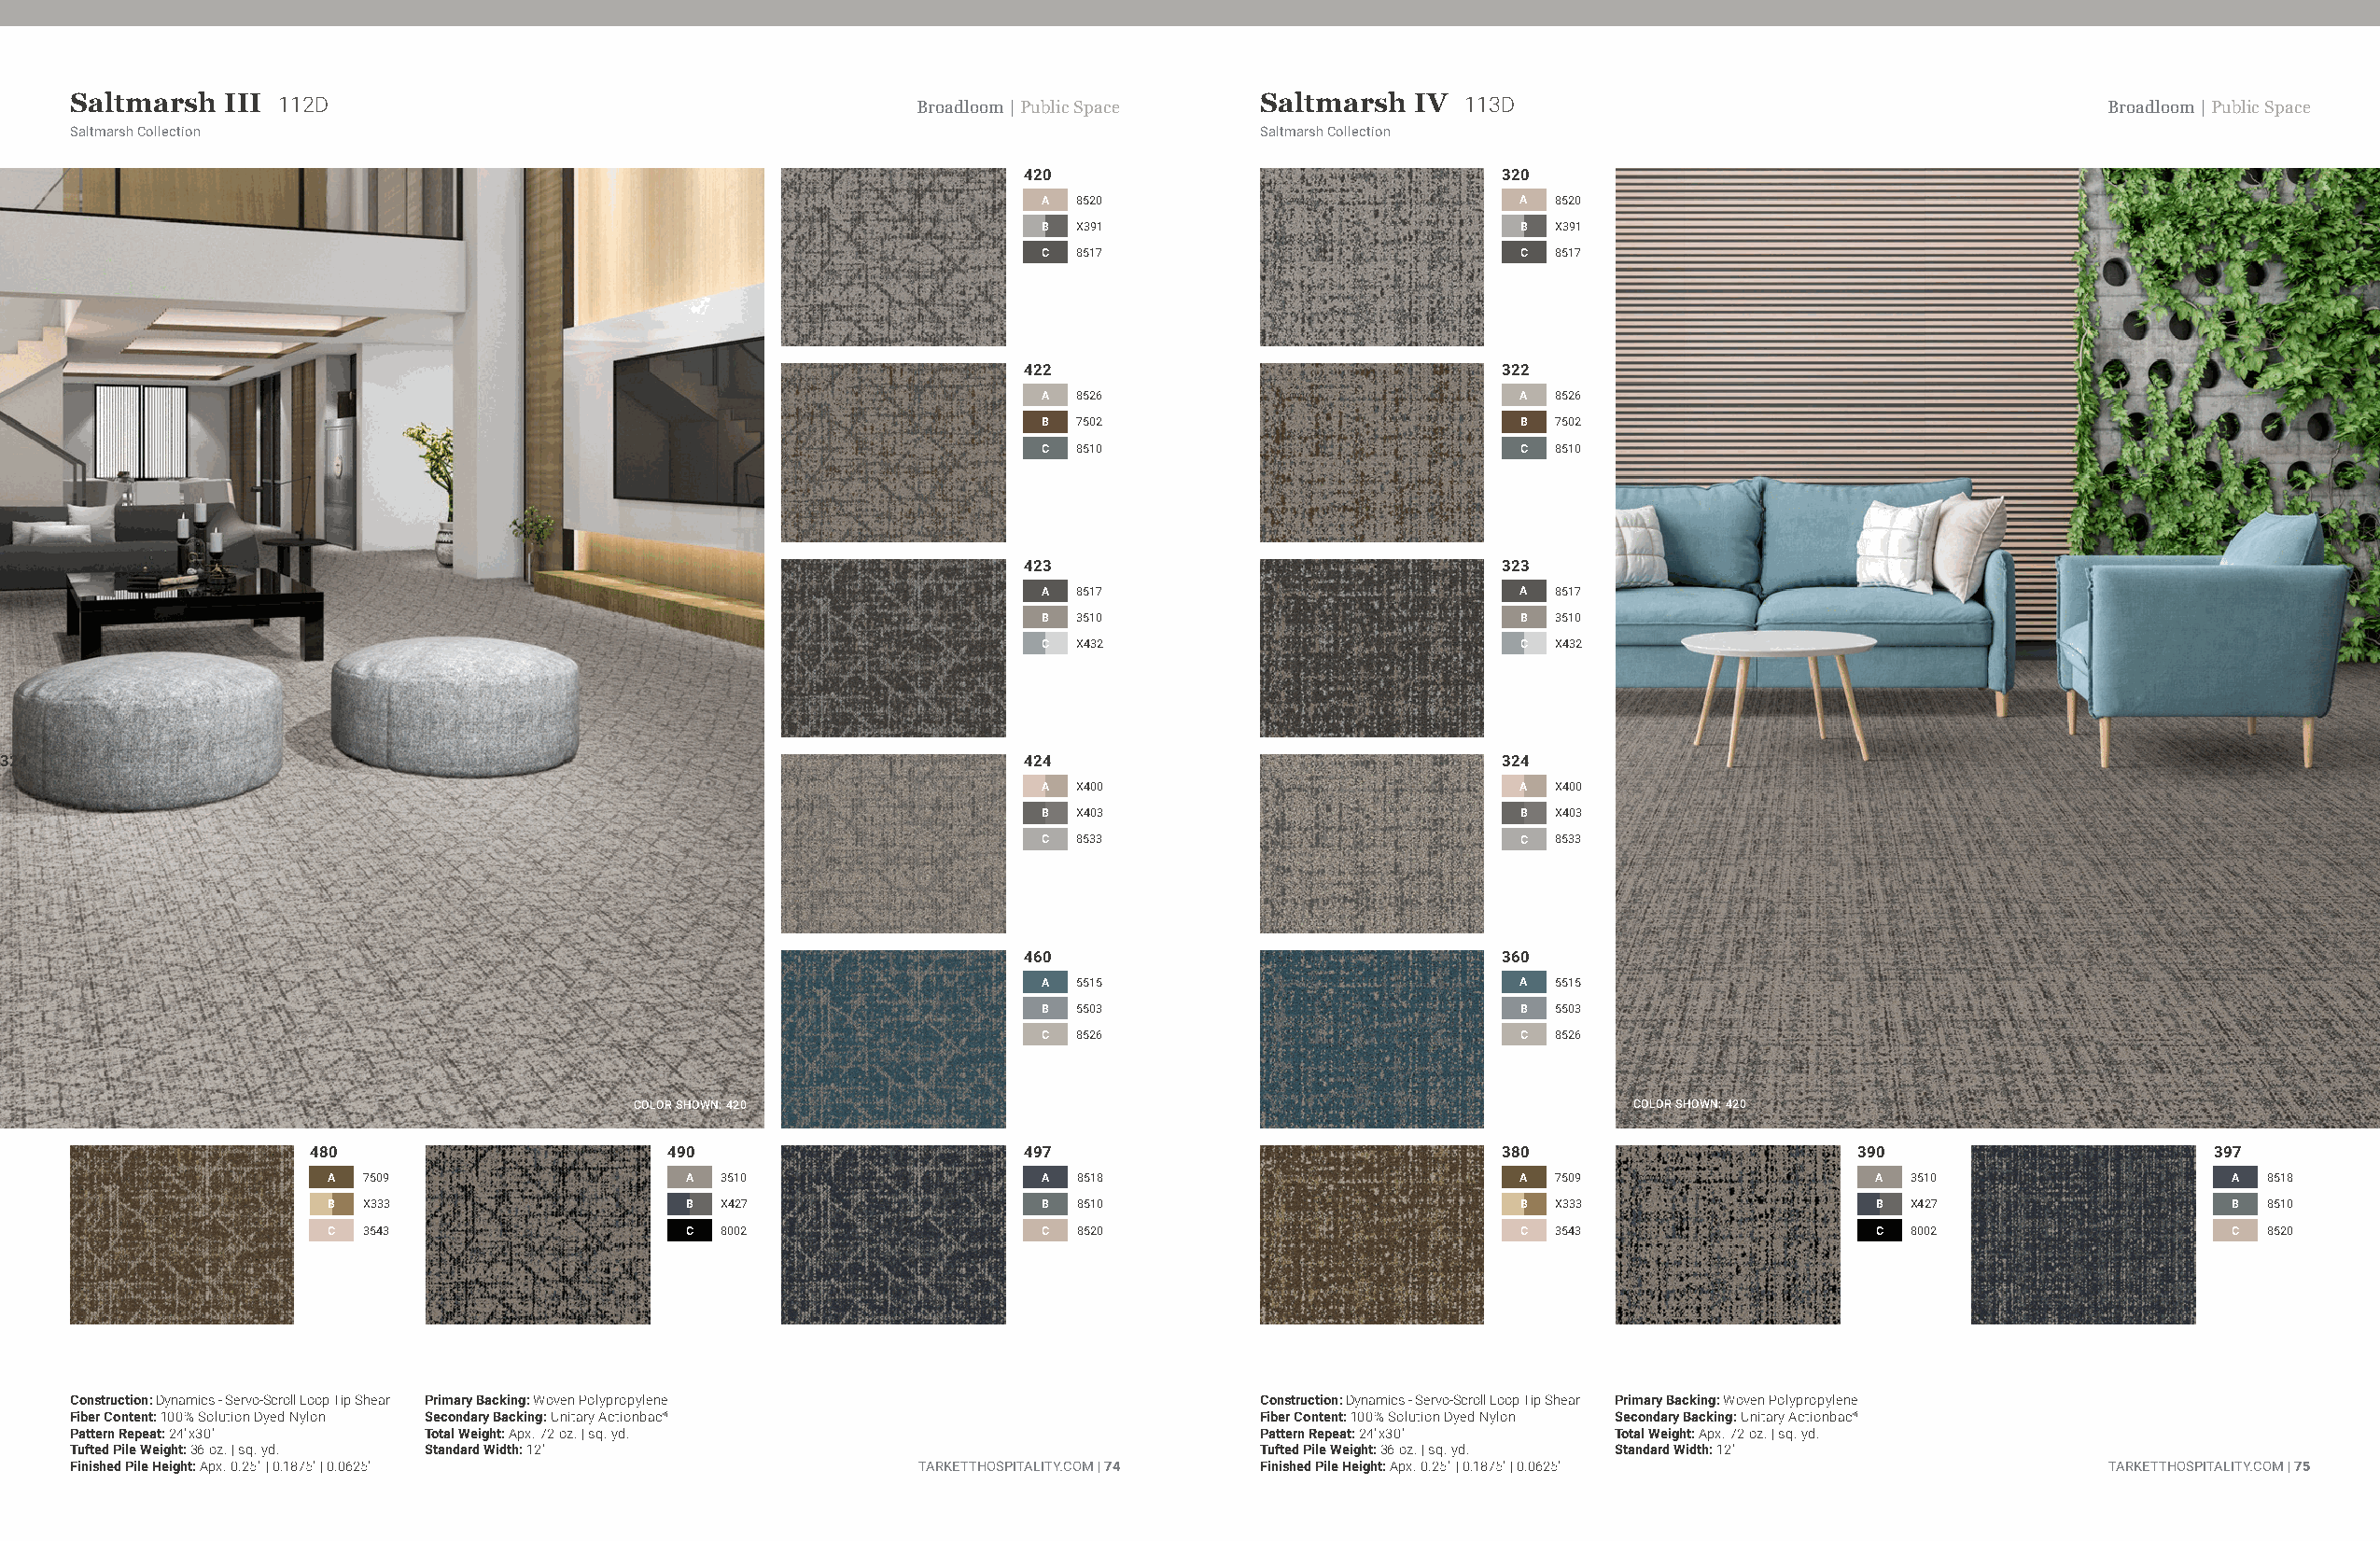
Saltmarsh  III 112D                                         Broadloom | Public Space Saltmarsh IV  113D                                          Broadloom | Public Space
 Saltmarsh Collection                                                                Saltmarsh Collection
 420                               320
 A 8520                            A 8520
 B X391                            B X391
 C 8517                            C 8517
 422                               322
 A 8526                            A 8526
 B 7502                            B 7502
 C 8510                            C 8510
 423                               323
 A 8517                            A 8517
 B 3510                            B 3510
 C X432                            C X432
 324                                                                      424                               324
 A X400                            A X400
 B X403                            B X403
 C 8533                            C 8533
 460                               360
 A 5515                            A 5515
 B 5503                            B 5503
 C 8526                            C 8526
 COLOR SHOWN: 420                                                       COLOR SHOWN: 420
 480                      490                       497                               380                      390                      397
 A  7509                   A 3510                   A 8518                            A 7509                   A  3510                  A  8518
 B  X333                   B X427                   B 8510                            B X333                   B  X427                  B  8510
 C  3543                   C 8002                   C 8520                            C 3543                   C  8002                  C  8520
 Construction: Dynamics - Servo-Scroll Loop Tip Shear Primary Backing: Woven Polypropylene Construction: Dynamics - Servo-Scroll Loop Tip Shear Primary Backing: Woven Polypropylene
 Fiber Content: 100% Solution Dyed Nylon Secondary Backing: Unitary Actionbac®       Fiber Content: 100% Solution Dyed Nylon Secondary Backing: Unitary Actionbac®
 Pattern Repeat: 24"x30"  Total Weight: Apx. 72 oz. | sq. yd.                        Pattern Repeat: 24"x30"   Total Weight: Apx. 72 oz. | sq. yd.
 Tufted Pile Weight: 36 oz. | sq. yd. Standard Width: 12'                            Tufted Pile Weight: 36 oz. | sq. yd. Standard Width: 12'
 Finished Pile Height: Apx. 0.25" | 0.1875" | 0.0625"        TARKETTHOSPITALITY.COM | 74 Finished Pile Height: Apx. 0.25" | 0.1875" | 0.0625"     TARKETTHOSPITALITY.COM | 75